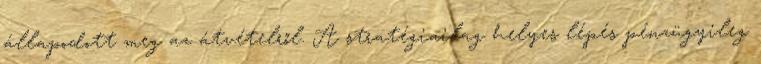
állapodott meg az átvételről. A stratégiailag helyes lépés pénzügyileg